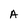
Character: A